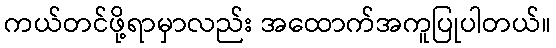
ကယ်တင်ဖို့ရာမှာလည်း အထောက်အကူပြုပါတယ်။